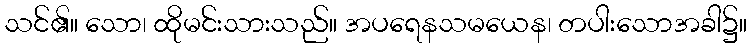
သင်၏။ သော၊ ထိုမင်းသားသည်။ အပရေနသမယေန၊ တပါးသောအခါ၌။